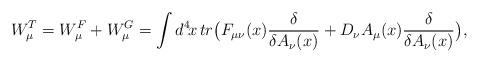
LaTeX: \begin{align*}W^T_\mu = W^F_\mu + W^G_\mu = \int d^4\!x\, tr\big( F_{\mu\nu}(x){\delta\over \delta A_\nu(x)}+ D_\nu A_\mu(x){\delta\over\delta A_\nu(x)}\big),\end{align*}